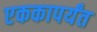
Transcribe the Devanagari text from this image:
एककापर्यंत